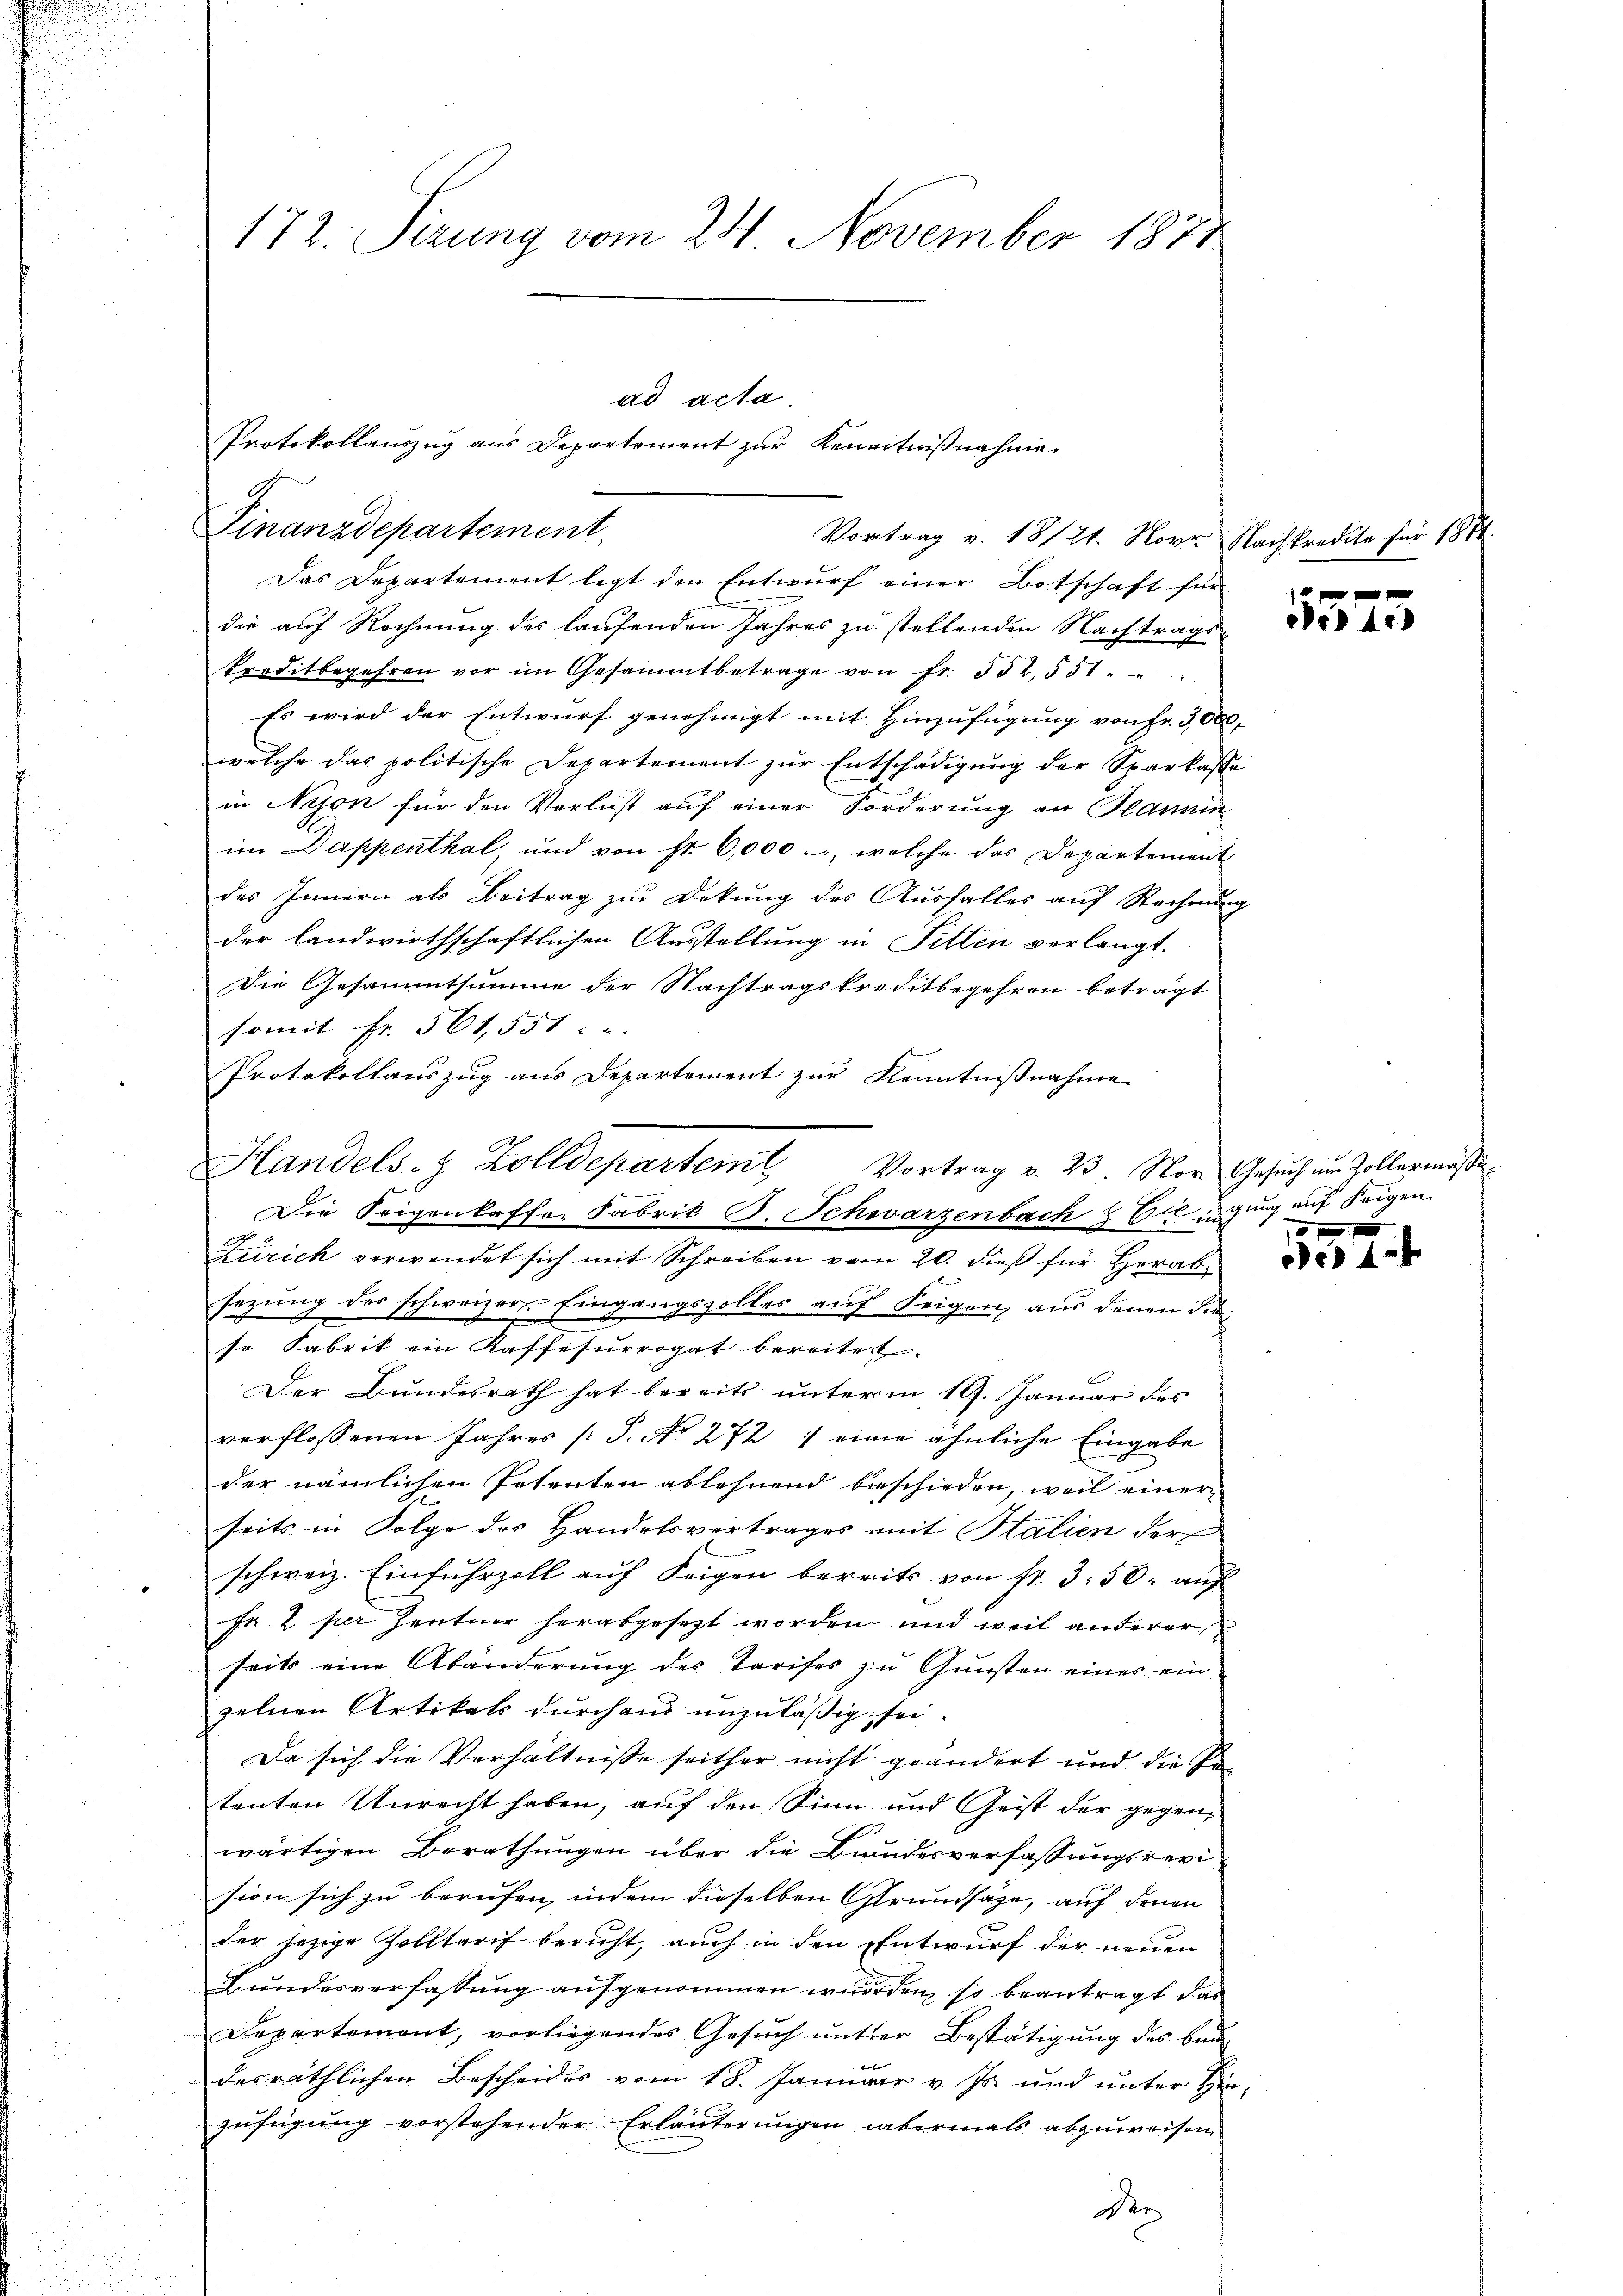
172. Sizung vom 24. November 1872

Das Departement legt den Entwurf einer Botschaft für
die auf Rechnung des laufenden Jahres zu stellenden Nachtrags-
Preditbegehren vor im Gesammtbetrage von fr. 552, 551.
Es wird der Entwurf genehmigt mit Hinzufügung von Fr. 3000.
welche das politische Departement zur Entschädigung der Sparkasse
in Nyon für den Verlust auf einer Forderung an Hannin
im Dappenthal, und von fr. 6,000 er, welche das Departemont
des Innern als Beitrag zur Dekung des Ausfalles auf Rechnung
der landwirthschaftlichen Ausstellung in Fitten verlangt.
Die Gesammtsumme der Nachtragskreditbegehren beträgt
somit Fr. 561,551.
Protokollauszug aus Departement zur Kenntnißnahme.
Zürich verwendet sich mit Schreiben vom 20. dieß für Herabsezung des schweizer- Eingangszolles auf Seigen, aus denen Fin
se Fabrik ein Kaffesurrogat bereitet.
Der Bundesrath hat bereits unterm 19. Januar des
verflossenen Jahres P. No 272 7 eine ähnliche Eingabe
der nämlichen Petenten ablehnend beschieden, weil einer
seits in Folge des Handelsvertrages mit Halien der
schweiz. Einfuhrzoll auf Seigen bereits von Fr. 3. 50. auf
Fr. 2 per Zentner herabgesezt worden und weil anderer
seits eine Abänderung des Tarifes zu Gunsten eines ein
zelnen Artikels durchaus unzuläßig sei.
Da sich die Verhältnisse seither nicht geändert und die Petenten Unrecht haben, auf den Sinn und Geist der gegenwärtigen Berathungen über die Bundesverfassungsrevision sich zu berufen, indem dieselben Grundsätze, auf denen
der jezige Zolltarif beruht, auch in den Entwurf der neuen
Bundesverfassung aufgenommen wurden, so beantragt das
Departement, vorliegendes Gesuch unter Bestätigung des Bundesräthlichen Bescheides vom 18. Januar v. Js. und unter Hinzufügung vorstehender Erläuterungen abermals abzuweisen
Der

ad acta.
Finanzdepartement,
Vortrag v. 18121. Nover Nachkredita für 1884.

Protokollauszug aus Departement zŭr Kenntniβnahme

.
Handels- & Zolldeparteit Vortrag v. 23. Nor Gesŭch im Zollermäßi¬
Die Seigenkaffer Fabrik B. Schwarzenbach & Cie igung auf beigen.

fxx
er 4.

2 p.

e 44